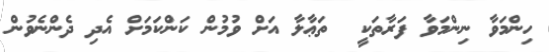
ހިންމަވާ ނިންމަވާ ފަރާތަކީ  ތަޢާލާ އަށް ވުމުން ކަންކަމަށް އެދި ދެންނެވުން